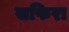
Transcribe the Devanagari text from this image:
सफिरा